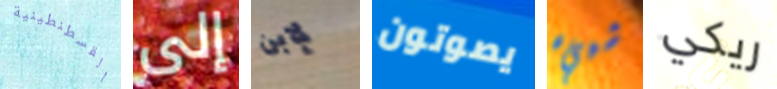
القسطنطينية إلى لإبن يصوتون شييء ريكي